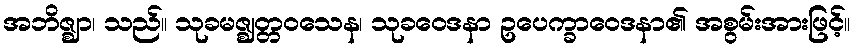
အဘိဇ္ဈာ၊ သည်။ သုခမဇ္ဈတ္တဝသေန၊ သုခဝေဒနာ ဥပေက္ခာဝေဒနာ၏ အစွမ်းအားဖြင့်။